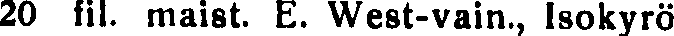
20 fil. maist. E. West-vain., Isokyrö